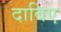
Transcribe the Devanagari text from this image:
दाबिए